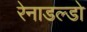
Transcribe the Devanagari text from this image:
रेनाडल्डो